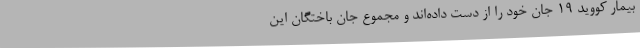
بیمار کووید 19 جان خود را از دست داده‌اند و مجموع جان باختگان این